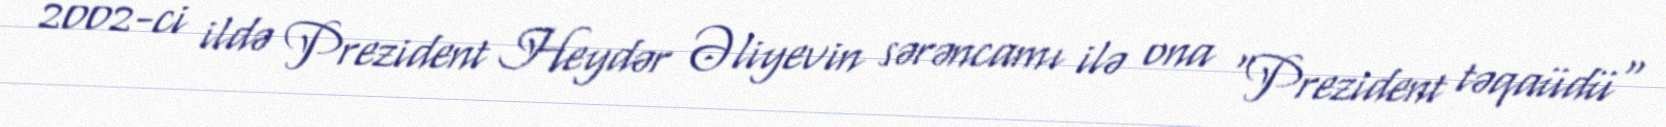
2002-ci ildə Prezident Heydər Əliyevin sərəncamı ilə ona "Prezident təqaüdü"